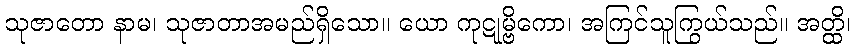
သုဇာတော နာမ၊ သုဇာတာအမည်ရှိသော။ ယော ကုဋုမ္ဗိကော၊ အကြင်သူကြွယ်သည်။ အတ္ထိ၊